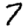
Digit: 7